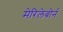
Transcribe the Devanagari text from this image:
मेरिलेबोर्न